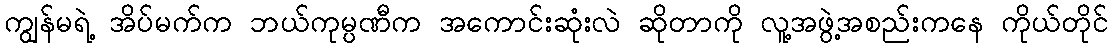
ကျွန်မရဲ့ အိပ်မက်က ဘယ်ကုမ္ပဏီက အကောင်းဆုံးလဲ ဆိုတာကို လူ့အဖွဲ့အစည်းကနေ ကိုယ်တိုင်